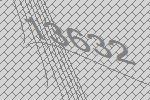
13632